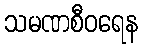
သမဏစီဝရေန